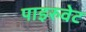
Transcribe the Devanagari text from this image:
पाइरुवेट